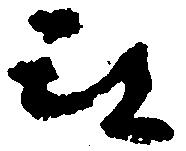
被